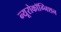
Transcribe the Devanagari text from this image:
न्यूरोकॉग्निशन